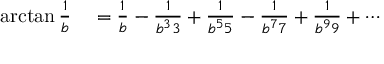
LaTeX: \begin{array} { r l } { \arctan { \frac { 1 } { b } } } & { { } = { \frac { 1 } { b } } - { \frac { 1 } { b ^ { 3 } 3 } } + { \frac { 1 } { b ^ { 5 } 5 } } - { \frac { 1 } { b ^ { 7 } 7 } } + { \frac { 1 } { b ^ { 9 } 9 } } + \cdots } \end{array}